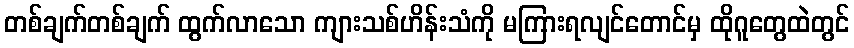
တစ်ချက်တစ်ချက် ထွက်လာသော ကျားသစ်ဟိန်းသံကို မကြားရလျင်တောင်မှ ထိုဂူတွေထဲတွင်